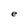
Character: e